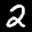
Label: 2